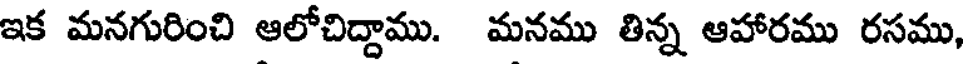
ఇక మనగురించి ఆలోచిద్దాము. మనము తిన్న ఆహారము రసము,